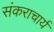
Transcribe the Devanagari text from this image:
संकराचार्य